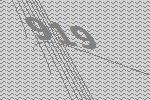
919